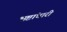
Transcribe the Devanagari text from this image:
भ्रष्टांचारी